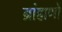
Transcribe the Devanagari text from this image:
ब्रांह्मणों